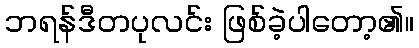
ဘရန်ဒီတပုလင်း ဖြစ်ခဲ့ပါတော့၏။